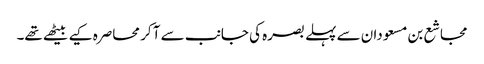
مجاشع بن مسعودان سے پہلے بصرہ کی جانب سے آ کر محاصرہ کیے بیٹھے تھے۔